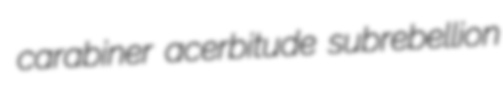
carabiner acerbitude subrebellion